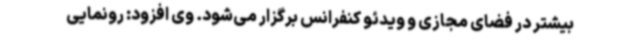
بیشتر در فضای مجازی و ویدئو کنفرانس برگزار می‌شود. وی افزود: رونمایی